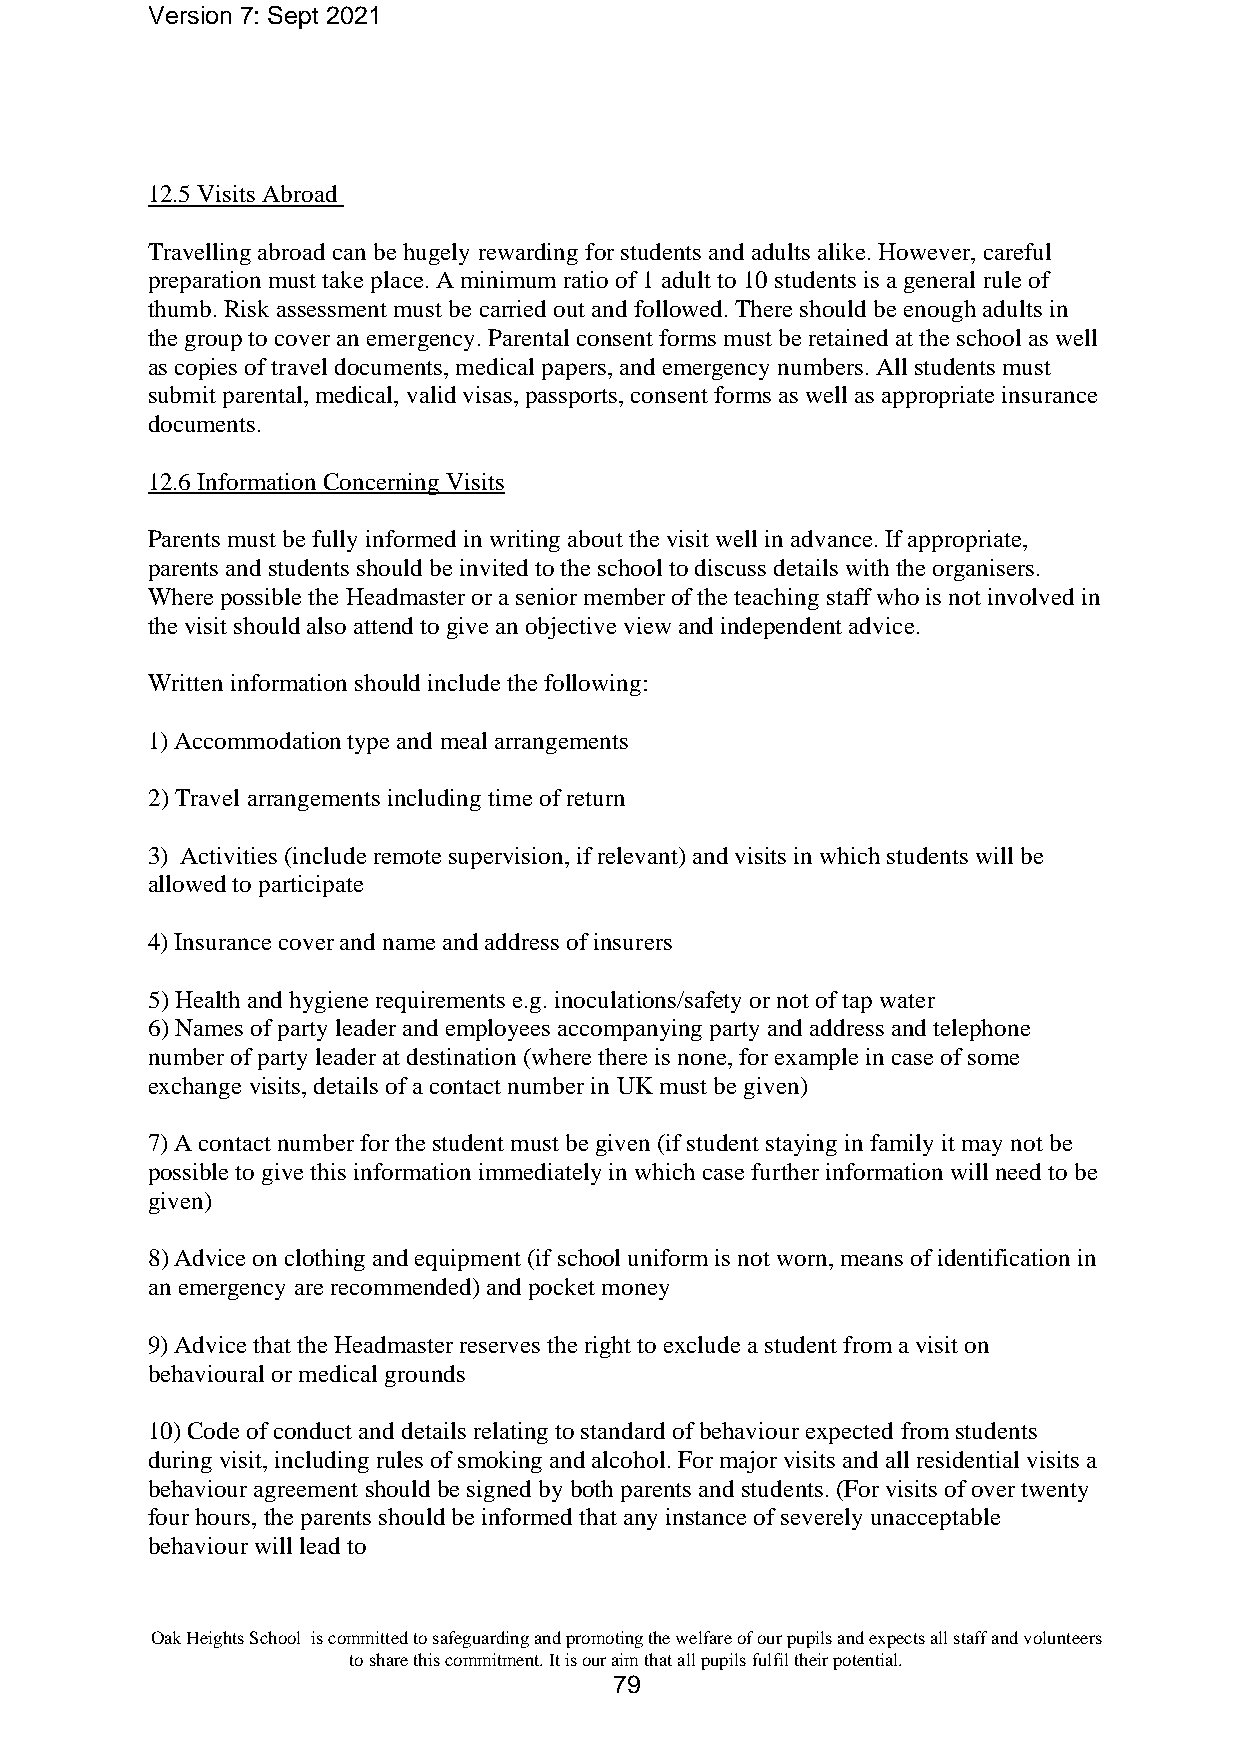
Version 7: Sept 2021
 12.5 Visits Abroad
 Travelling abroad can be hugely rewarding for students and adults alike. However, careful
 preparation must take place. A minimum ratio of 1 adult to 10 students is a general rule of
 thumb. Risk assessment must be carried out and followed. There should be enough adults in
 the group to cover an emergency. Parental consent forms must be retained at the school as well
 as copies of travel documents, medical papers, and emergency numbers. All students must
 submit parental, medical, valid visas, passports, consent forms as well as appropriate insurance
 documents.
 12.6 Information Concerning Visits
 Parents must be fully informed in writing about the visit well in advance. If appropriate,
 parents and students should be invited to the school to discuss details with the organisers.
 Where possible the Headmaster or a senior member of the teaching staff who is not involved in
 the visit should also attend to give an objective view and independent advice.
 Written information should include the following:
 1) Accommodation type and meal arrangements
 2) Travel arrangements including time of return
 3) Activities (include remote supervision, if relevant) and visits in which students will be
 allowed to participate
 4) Insurance cover and name and address of insurers
 5) Health and hygiene requirements e.g. inoculations/safety or not of tap water
 6) Names of party leader and employees accompanying party and address and telephone
 number of party leader at destination (where there is none, for example in case of some
 exchange visits, details of a contact number in UK must be given)
 7) A contact number for the student must be given (if student staying in family it may not be
 possible to give this information immediately in which case further information will need to be
 given)
 8) Advice on clothing and equipment (if school uniform is not worn, means of identification in
 an emergency are recommended) and pocket money
 9) Advice that the Headmaster reserves the right to exclude a student from a visit on
 behavioural or medical grounds
 10) Code of conduct and details relating to standard of behaviour expected from students
 during visit, including rules of smoking and alcohol. For major visits and all residential visits a
 behaviour agreement should be signed by both parents and students. (For visits of over twenty
 four hours, the parents should be informed that any instance of severely unacceptable
 behaviour will lead to
 Oak Heights School is committed to safeguarding and promoting the welfare of our pupils and expects all staff and volunteers
 to share this commitment. It is our aim that all pupils fulfil their potential.
 79